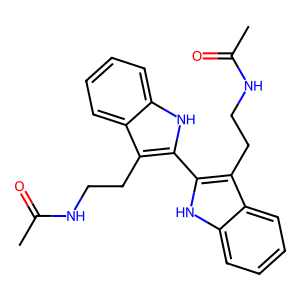
SMILES: CC(=O)NCCc1c(-c2[nH]c3ccccc3c2CCNC(C)=O)[nH]c2ccccc12
Inhibits HIV replication: No